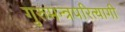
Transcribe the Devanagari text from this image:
गुरुमन्त्रपरित्यागी